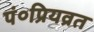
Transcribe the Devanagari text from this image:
पं०प्रियव्रत